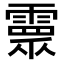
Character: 𩅉